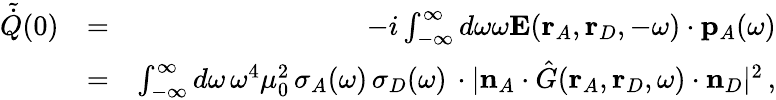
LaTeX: \begin{array}{rlr}{\tilde{\dot{Q}}(0)}&{=}&{-i\int_{-\infty}^{\infty}d\omega\omega\mathbf{E}(\mathbf{r}_{A},\mathbf{r}_{D},-\omega)\cdot{\mathbf{p}}_{A}(\omega)}\\ &{=}&{\int_{-\infty}^{\infty}d\omega\, \omega^{4}\mu_{0}^{2}\, \sigma_{A}(\omega)\, \sigma_{D}(\omega)\, \cdot|\mathbf{n}_{A}\cdot\hat{G}(\mathbf{r}_{A},\mathbf{r}_{D},\omega)\cdot\mathbf{n}_{D}|^{2}\, ,}\end{array}